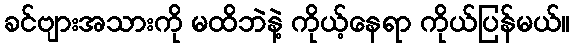
ခင်ဗျားအသားကို မထိဘဲနဲ့ ကိုယ့်နေရာ ကိုယ်ပြန်မယ်။